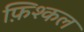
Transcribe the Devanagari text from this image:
फ़िश्कल